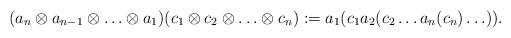
LaTeX: \begin{align*} (a_n \otimes a_{n-1} \otimes \ldots \otimes a_1) (c_1 \otimes c_2 \otimes \ldots\otimes c_n ) := a_1(c_1 a_2(c_2 \ldots a_n(c_n) \ldots)). \end{align*}